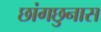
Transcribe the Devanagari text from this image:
छांगछुनास